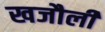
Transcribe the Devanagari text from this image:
खजौली